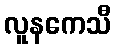
လူနကေသီ